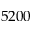
5 2 0 0